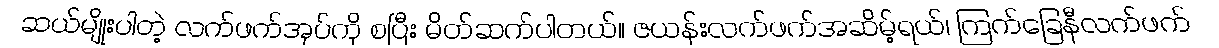
ဆယ်မျိုးပါတဲ့ လက်ဖက်အုပ်ကို စပြီး မိတ်ဆက်ပါတယ်။ ဇယန်းလက်ဖက်အဆိမ့်ရယ်၊ ကြက်ခြေနီလက်ဖက်